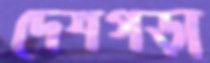
দেশগড়া